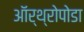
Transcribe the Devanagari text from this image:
ऑर्थ्रोपोडा